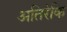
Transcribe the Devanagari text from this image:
अतिरेकि